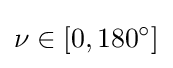
\nu \in [0,180^{\circ }]